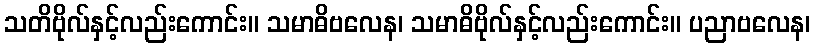
သတိဗိုလ်နှင့်လည်းကောင်း။ သမာဓိဗလေန၊ သမာဓိဗိုလ်နှင့်လည်းကောင်း။ ပညာဗလေန၊